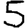
Digit: 5